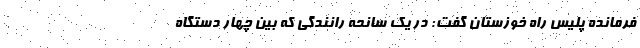
فرمانده پلیس راه خوزستان گفت: در یک سانحه رانندگی که بین چهار دستگاه